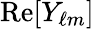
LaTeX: {\mathrm{Re}}[Y_{\ell m}]